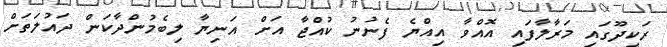
ރަކީދޫގައި މަރާލާފައި އޮއްވާ އިއްޔެ ފެނުނު ކުއްޖާ އަށް އަނިޔާ ލިބެމުންދާކަން ދައުލަތަށް